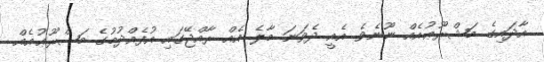
އާދައިގެ މަޝްރޫޢުއެއް ނޫނެވެ. އެއީ ދެވަނަ މާލެ އެއް ރާއްޖޭގައި އުފެއްދުމުގެ މަޝްރޫޢުއެއް